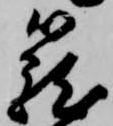
籠